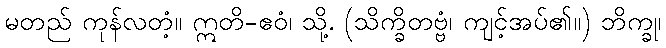
မတည် ကုန်လတံ့။ ဣတိ-ဧဝံ၊ သို့. (သိက္ခိတဗ္ဗံ၊ ကျင့်အပ်၏။) ဘိက္ခု၊